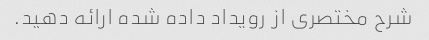
شرح مختصری از رویداد داده شده ارائه دهید.